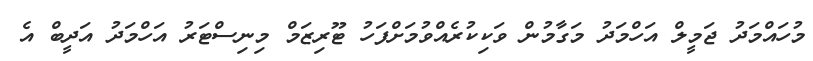
މުހައްމަދު ޖަމީލް އަހްމަދު މަގާމުން ވަކިކުރެއްވުމަށްފަހު ޓޫރިޒަމް މިނިސްޓަރު އަހްމަދު އަދީބް އެ